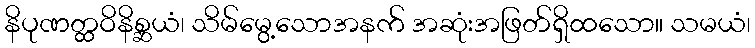
နိပုဏတ္ထဝိနိစ္ဆယံ၊ သိမ်မွေ့သောအနက် အဆုံးအဖြတ်ရှိထသော။ သမယံ၊